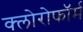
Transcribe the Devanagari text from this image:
क्‍लोरोफॉर्म